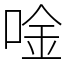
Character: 唫